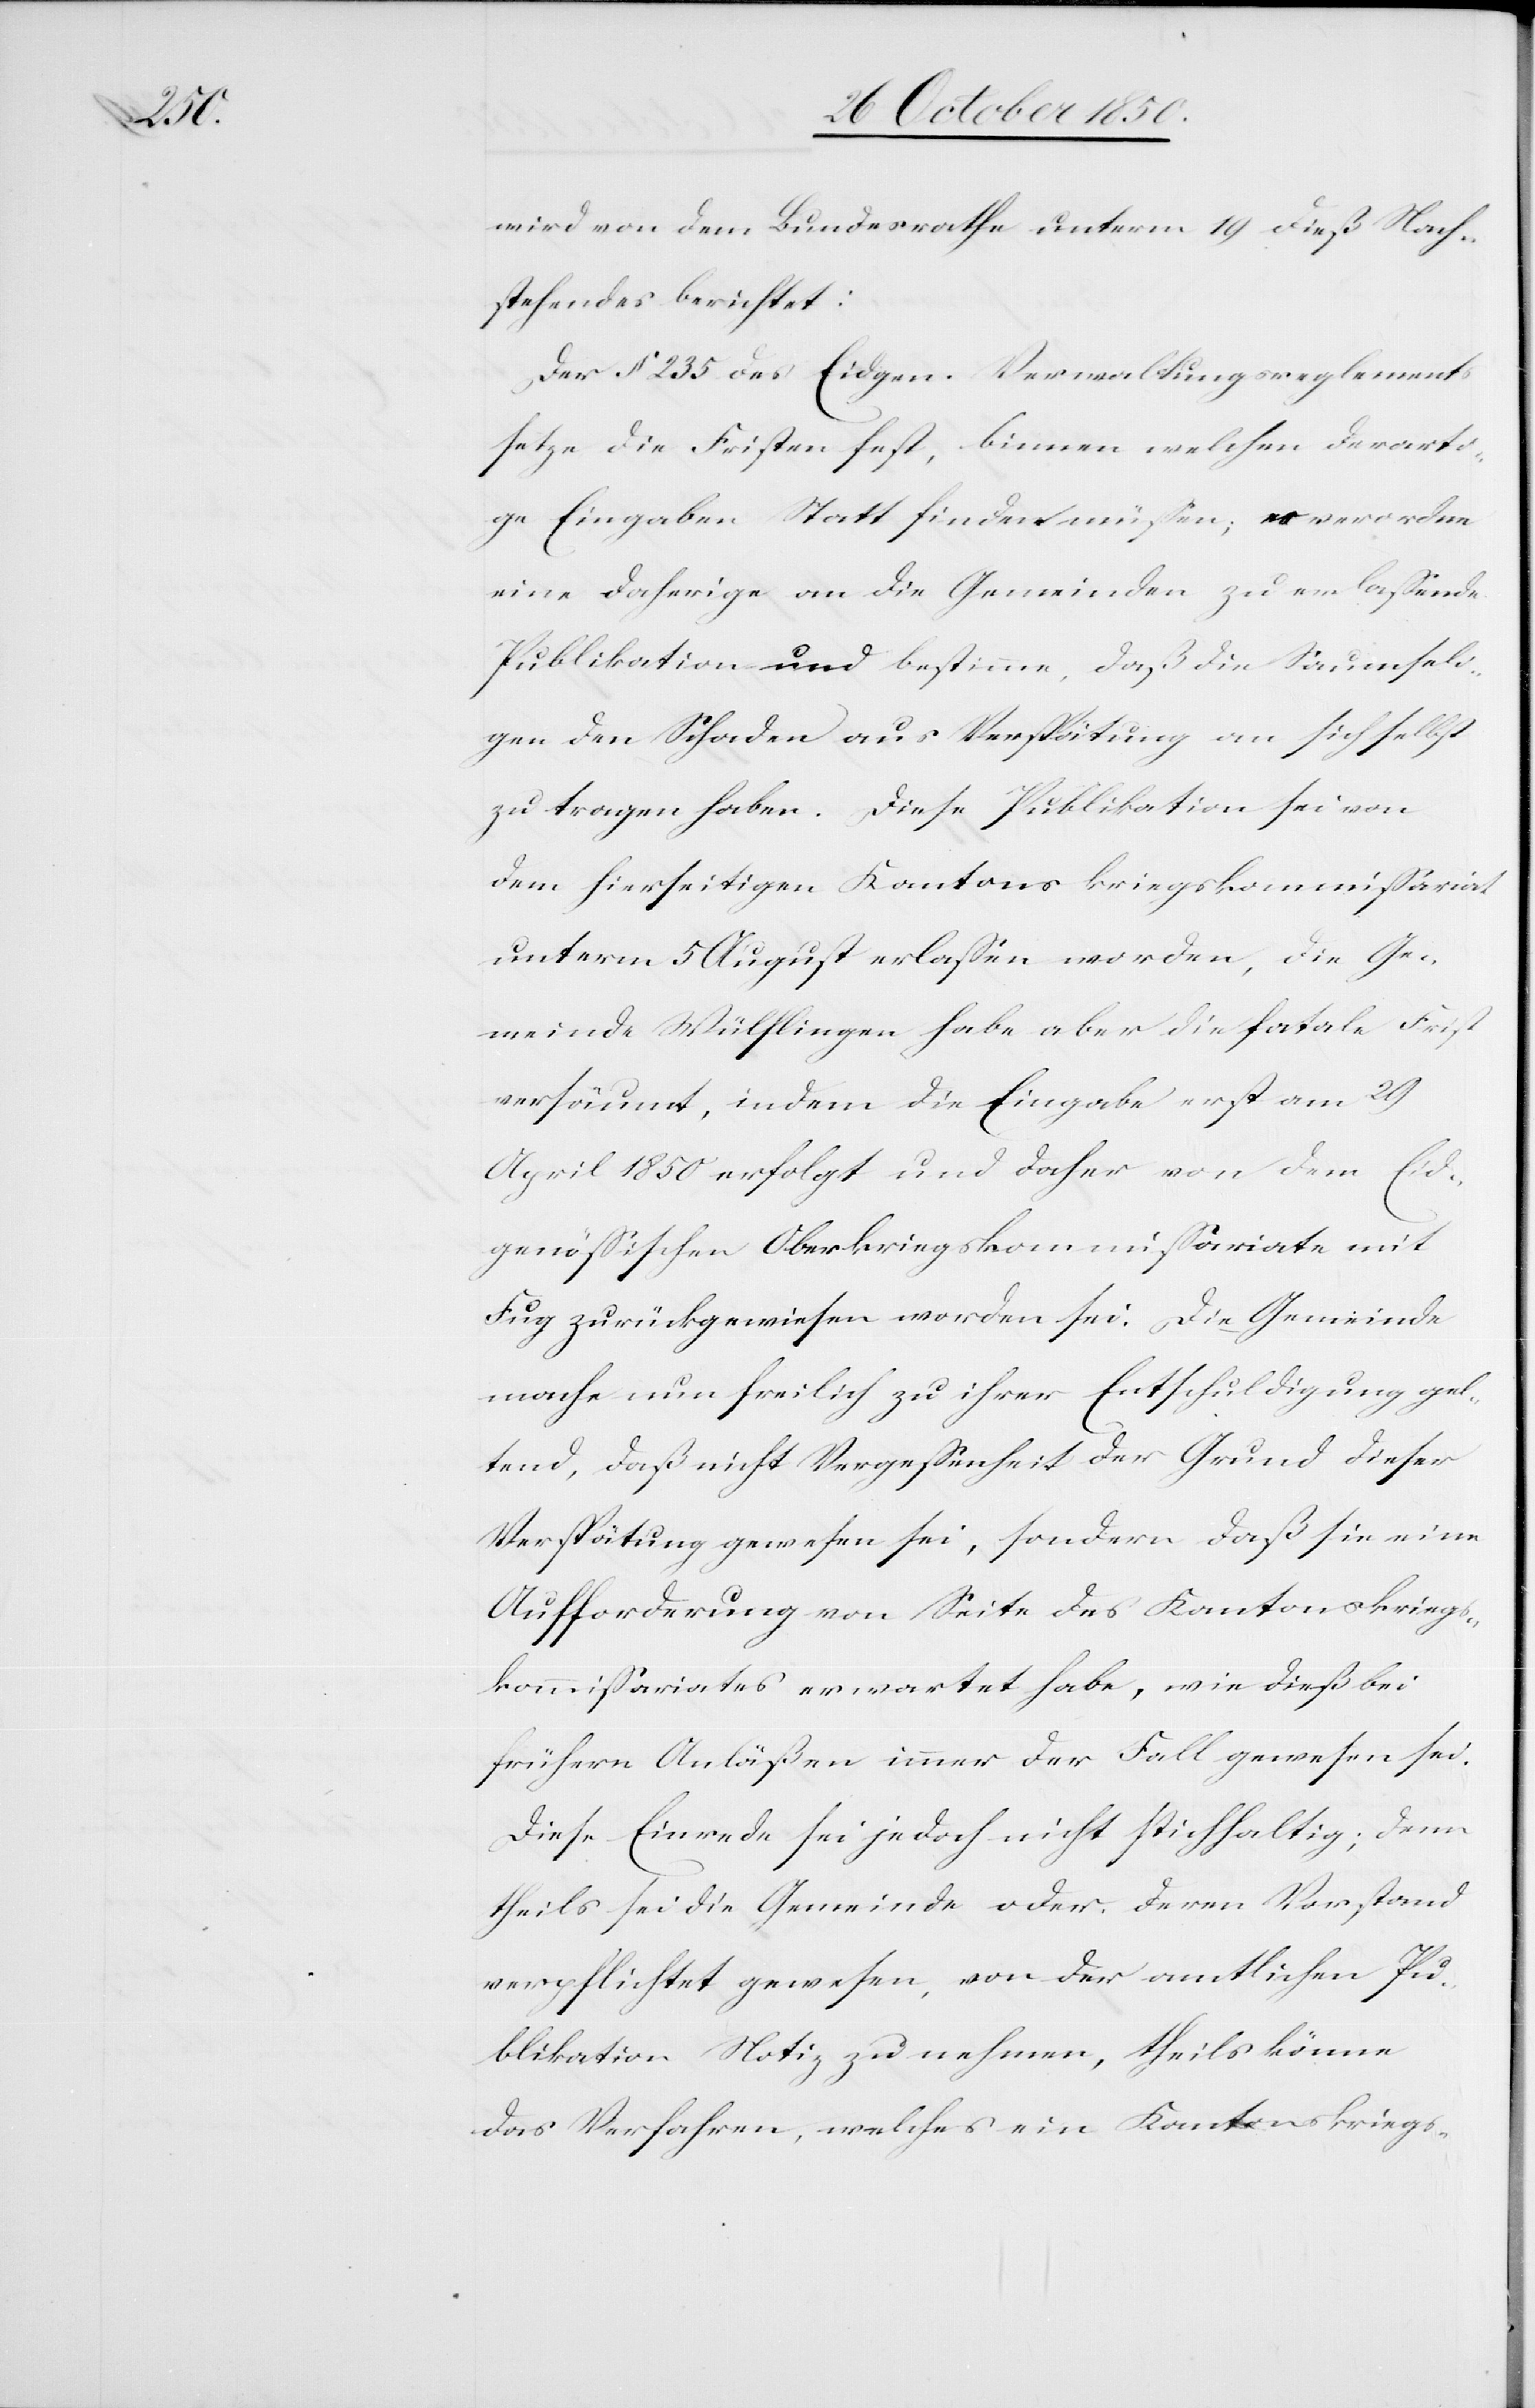
wird von dem Bundesrathe unterm 19 dieß Nach¬
stehendes berichtet:
Der § 235 des Eidgen. Verwaltungsreglements
setze die Fristen fest, binnen welchen derarti¬
ge Eingaben Statt finden müssen; er verordne
eine daherige an die Gemeinden zu erlassende
Publikation und bestimme, daß die Saumseli¬
gen den Schaden aus Verspätung an sich selbst
zu tragen haben. Diese Publikation sei von
dem hierseitigen Kantonskriegskommissariat
unterm 5 August erlassen worden, die Ge¬
meinde Wülflingen habe aber die fatale Frist
versäumt, indem die Eingabe erst am 29
April 1850 erfolgt und daher von dem Eid¬
genössischen Oberkriegskommissariate mit
Fug zurückgewiesen worden sei. Die Gemeinde
mache nun freilich zu ihrer Entschuldigung gel¬
tend, daß nicht Vergessenheit der Grund dieser
Verspätung gewesen sei, sondern daß sie eine
Aufforderung von Seite des Kantonskriegs¬
kommissariates erwartet habe, wie dieß bei
frühern Anläßen immer der Fall gewesen sei.
Diese Einrede sei jedoch nicht stichhaltig; denn
theils sei die Gemeinde oder deren Vorstand
verpflichtet gewesen, von der amtlichen Pu¬
blikation Notiz zu nehmen, theils könne
das Verfahren, welches ein Kantonskriegs-